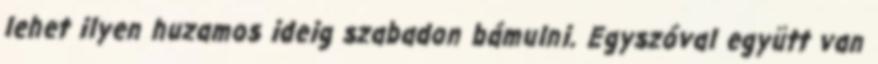
lehet ilyen huzamos ideig szabadon bámulni. Egyszóval együtt van